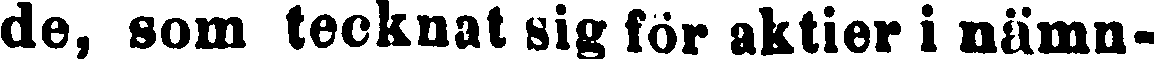
de, som tecknat sig för aktier i nämn-